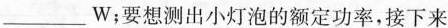
___W;要想测出小灯泡的额定功率,接下来